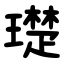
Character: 璴